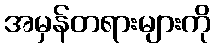
အမှန်တရားများကို